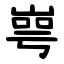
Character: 㟧